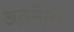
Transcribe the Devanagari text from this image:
अनमैनड